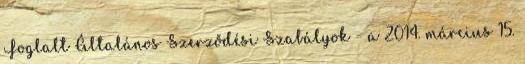
Foglalt Általános Szerződési Szabályok - a 2014. március 15.